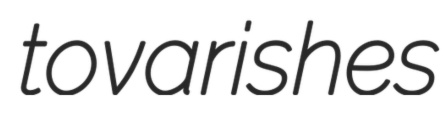
tovarishes